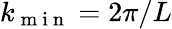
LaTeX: {{k}_{\mathrm{~m~i~n~}}}={2\pi}/{L}